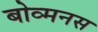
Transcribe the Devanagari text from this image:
बोव्मनस